Civil Veterinary Department Bihar reports 1940-50 - 1940-1950
Year: 1940
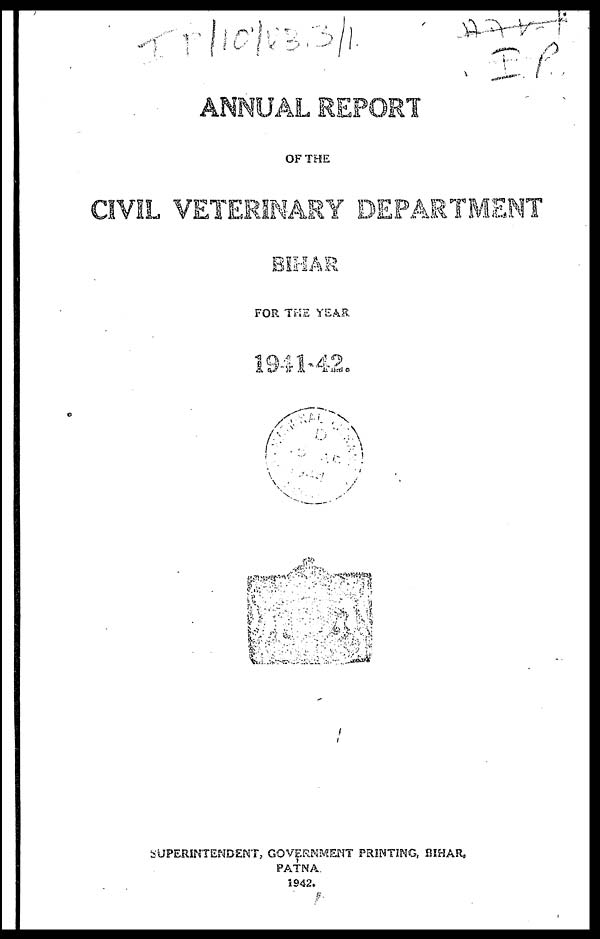
ANNUAL REPORT
OF THE
CIVIL VETERINARY DEPARTMENT
FOR THE YEAR
SUPERINTENDENT, GOVERNMENT PRINTING, BIHAR,
PATNA
1942,